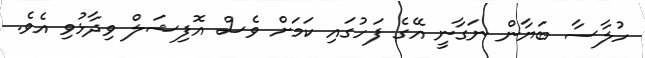
ހުލާސާ ބަޔާން ނަގާނީ އޭގެ ފަހުގައި ކަމަށް ވެސް އޮފިޝަލް ވިދާޅުވި އެވެ.